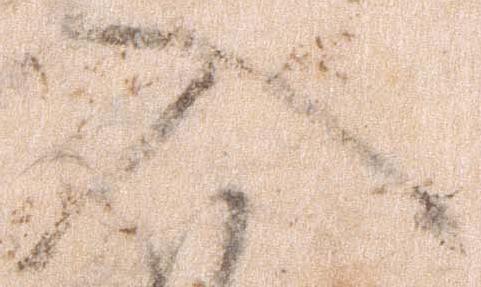
入